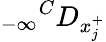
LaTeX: {_{-\infty}}^{C}D_{x_{j}^{+}}